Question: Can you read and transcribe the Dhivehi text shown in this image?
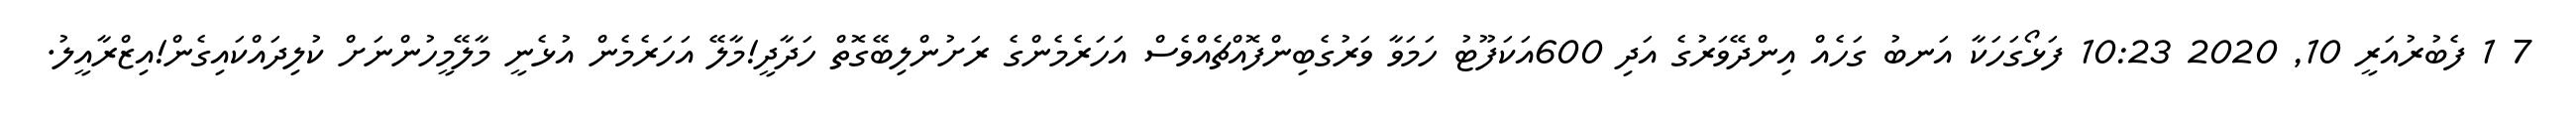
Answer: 7 1 ފެބުރުއަރީ 10, 2020 10:23 ފަޅޯގަހަކާ އަނބު ގަހެއް އިންދޭވަރުގެ އަދި 600އަކަފޫޓު ހަމަވާ ވަރުގެބިންފޮއްޗެއްވެސް އަހަރެމެންގެ ރަށުންލިބޭގޮތް ހަދާދީ!މާލޭ އަހަރެމެން އުޅެނީ މާލޭމީހުންނަށް ކުލިދައްކައިގެން!އިޒްރާއީލު.